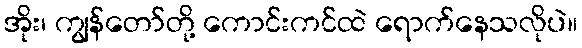
အိုး၊ ကျွန်တော်တို့ ကောင်းကင်ထဲ ရောက်နေသလိုပဲ။